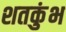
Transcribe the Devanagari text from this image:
शतकुंभ